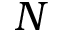
N